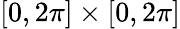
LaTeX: [0,2\pi]\times[0,2\pi]